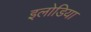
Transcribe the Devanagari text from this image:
इलोडिया